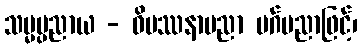
သမ္မပ္ပညာယ - ဝိပဿနာပညာ မဂ်ပညာဖြင့်၊